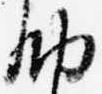
納